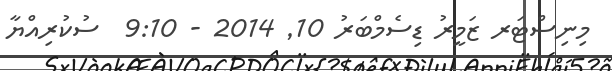
މިނިސްޓަރ ޒަމީރު ޑިސެމްބަރު 10